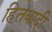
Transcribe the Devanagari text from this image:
हितबादी